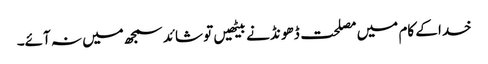
خدا کے کام میں مصلحت ڈھو نڈنے بیٹھیں تو شائد سمجھ میں نہ آئے۔